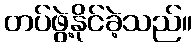
တပ်ဖွဲ့နိုင်ခဲ့သည်။